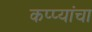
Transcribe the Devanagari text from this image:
कप्प्यांचा